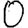
Digit: 0